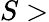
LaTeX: S>